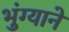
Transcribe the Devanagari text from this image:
भुंग्याने